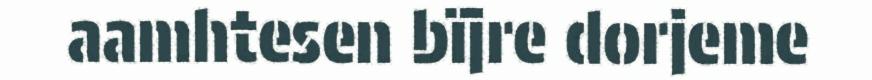
aamhtesen bïjre dorjeme